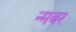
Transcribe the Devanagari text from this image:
न्मबर